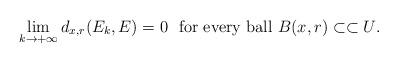
LaTeX: \begin{align*}\lim_{k \to +\infty} d_{x,r}(E_k, E) = 0 \ \hbox{ for every ball $B(x,r) \subset \subset U$.}\end{align*}